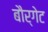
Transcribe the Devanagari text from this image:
बौर्गेट